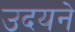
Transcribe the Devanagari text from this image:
उदयने